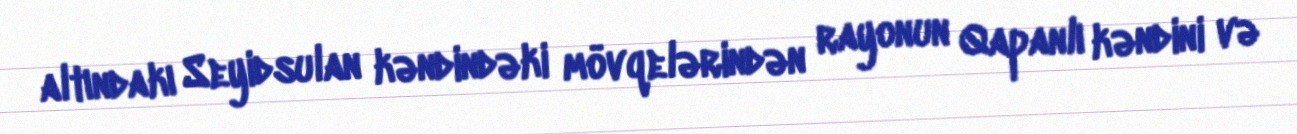
altındakı Seyidsulan kəndindəki mövqelərindən rayonun Qapanlı kəndini və